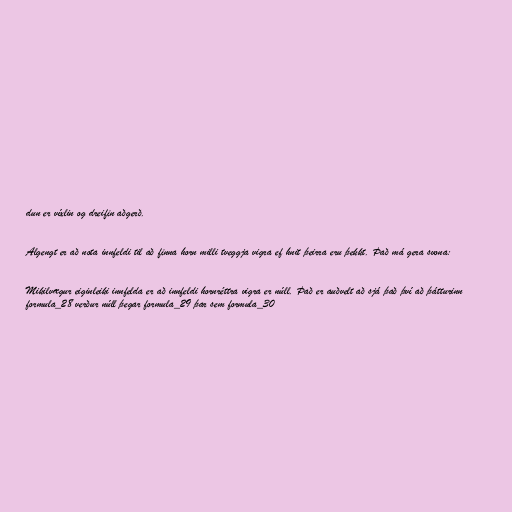
dun er víxlin og dreifin aðgerð.

Algengt er að nota innfeldi til að finna horn milli tveggja vigra ef hnit þeirra eru þekkt. Það má gera svona:

Mikilvægur eiginleiki innfelda er að innfeldi hornréttra vigra er núll. Það er auðvelt að sjá það því að þátturinn
formula_28 verður núll þegar formula_29 þar sem formula_30